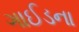
ગાઈડના